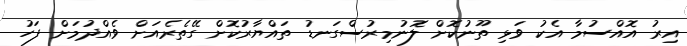
އިރު އޮއްސުމާ އެކު ވަޅި ތޫނުކޮށް ލޮނުމިރުސްގަނޑު ތައްޔާރުކޮށް ގޭތެެރެއަށް ވެއްދުމަށް ފަހު